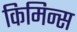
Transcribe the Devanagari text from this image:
किमिन्स